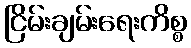
ငြိမ်းချမ်းရေးကိစ္စ